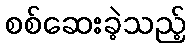
စစ်ဆေးခဲ့သည့်